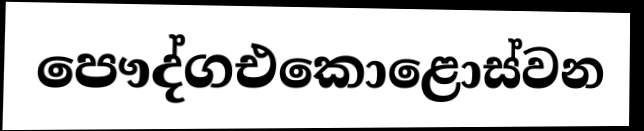
පෞද්ගඑකොළොස්වන